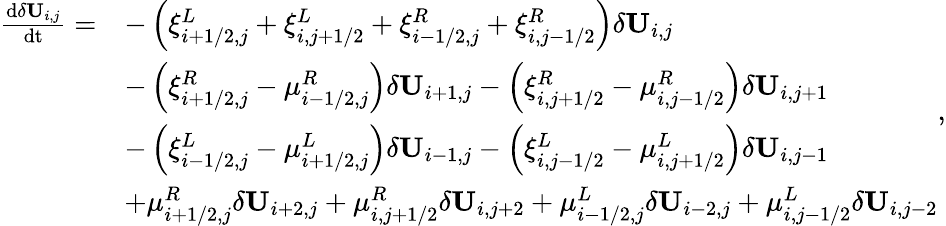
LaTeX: \begin{array}{rl}{\frac{\mathrm{d}\delta\mathbf{U}_{i,j}}{\mathrm{dt}}=}&{-\left(\xi_{i+1/2,j}^{L}+\xi_{i,j+1/2}^{L}+\xi_{i-1/2,j}^{R}+\xi_{i,j-1/2}^{R}\right)\delta\mathbf{U}_{i,j}}\\ &{-\left(\xi_{i+1/2,j}^{R}-\mu_{i-1/2,j}^{R}\right)\delta\mathbf{U}_{i+1,j}-\left(\xi_{i,j+1/2}^{R}-\mu_{i,j-1/2}^{R}\right)\delta\mathbf{U}_{i,j+1}}\\ &{-\left(\xi_{i-1/2,j}^{L}-\mu_{i+1/2,j}^{L}\right)\delta\mathbf{U}_{i-1,j}-\left(\xi_{i,j-1/2}^{L}-\mu_{i,j+1/2}^{L}\right)\delta\mathbf{U}_{i,j-1}}\\ &{+\mu_{i+1/2,j}^{R}\delta\mathbf{U}_{i+2,j}+\mu_{i,j+1/2}^{R}\delta\mathbf{U}_{i,j+2}+\mu_{i-1/2,j}^{L}\delta\mathbf{U}_{i-2,j}+\mu_{i,j-1/2}^{L}\delta\mathbf{U}_{i,j-2}}\end{array},